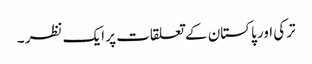
ترکی اور پاکستان کے تعلقات پر ایک نظر ۔